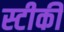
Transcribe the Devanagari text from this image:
स्टीकी